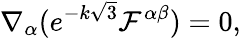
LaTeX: \nabla_{\alpha}(e^{-k\sqrt{3}}\mathcal{F}^{\alpha\beta})=0,